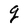
Character: g